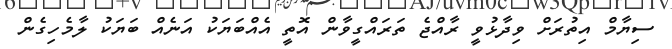
ސިޔާމް އިތުރަށް ވިދާޅުވީ ރާއްޖެ ތަރައްގީވާން އޮތީ އެއްބަޔަކު އަނެއް ބަޔަކު ލާމެހިގެން